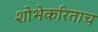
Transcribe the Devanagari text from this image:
शोभेकरिताच